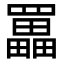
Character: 𦌵